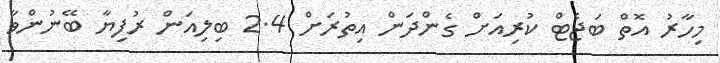
މިހާރު އޮތް ބަޖެޓް ކުރިއަށް ގެންދަން އިތުރަށް 2.4 ބިލިއަން ރުފިޔާ ބޭނުންވާ